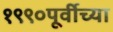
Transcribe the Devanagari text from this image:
१९९०पूर्वीच्या